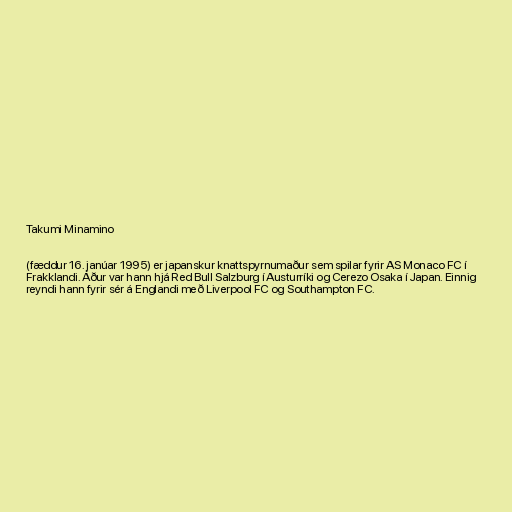
Takumi Minamino

(fæddur 16. janúar 1995) er japanskur knattspyrnumaður sem spilar fyrir AS Monaco FC í
Frakklandi. Áður var hann hjá Red Bull Salzburg í Austurríki og Cerezo Osaka í Japan. Einnig
reyndi hann fyrir sér á Englandi með Liverpool FC og Southampton FC.